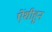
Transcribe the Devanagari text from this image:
ऐंशीहून